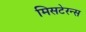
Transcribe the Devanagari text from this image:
मिसटेरन्स